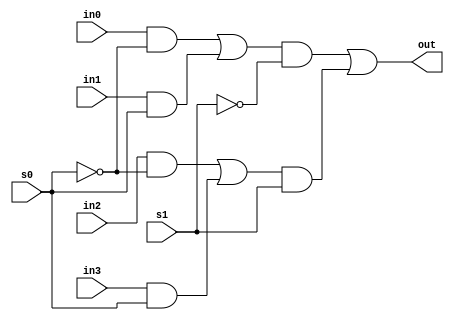
module mux41(in0, in1, in2, in3, s0, s1, out);
input in0, in1, in2, in3, s0, s1;
output out;

wire w1, w2, w3, w4, w5, w6, w7, w8, w9, mux1, mux2;

assign w1 = ~s0;
assign w2 = in0 & w1;
assign w3 = in1 & s0;
assign mux1 = w2 | w3;

assign w4 = ~s0;
assign w5 = in2 & w4;
assign w6 = in3 & s0;
assign mux2 = w5 | w6;

assign w7 = ~s1;
assign w8 = mux1 & w7;
assign w9 = mux2 & s1;
assign out = w8 | w9;

endmodule